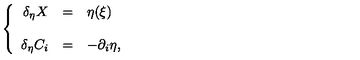
\left\{ \begin{array} { r c l } { \delta _ { \eta } X } & { = } & { \eta ( \xi ) } \\ { } & { } & { } \\ { \delta _ { \eta } C _ { i } } & { = } & { - \partial _ { i } \eta , } \\ \end{array} \right.